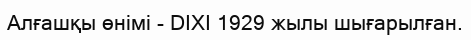
Алғашқы өнімі - DIXI 1929 жылы шығарылған.